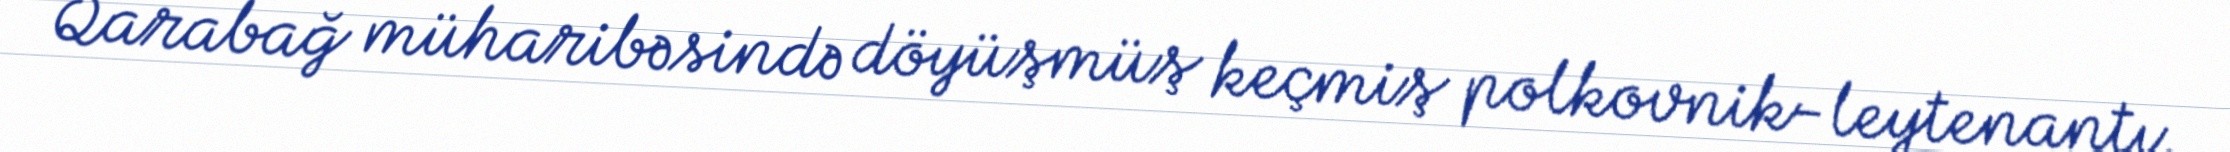
Qarabağ müharibəsində döyüşmüş keçmiş polkovnik-leytenantı.